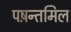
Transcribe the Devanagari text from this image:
पष़न्तमिल